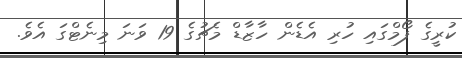
ކުރީގެ ފޯމްގައި ހުރި އެޑެން ހާޒާޑް މެޗުގެ 19 ވަނަ މިނެޓްގަ އެވެ.